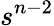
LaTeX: s^{n-2}